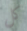
كل